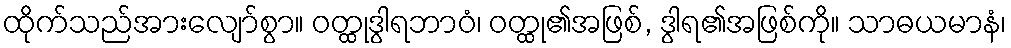
ထိုက်သည်အားလျော်စွာ။ ဝတ္ထုဒွါရဘာဝံ၊ ဝတ္ထု၏အဖြစ်, ဒွါရ၏အဖြစ်ကို။ သာဓယမာနံ၊